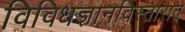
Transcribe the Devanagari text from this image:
विविधज्ञानविस्तारात